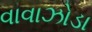
વાવાઝોડા